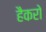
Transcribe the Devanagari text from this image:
हैकरो